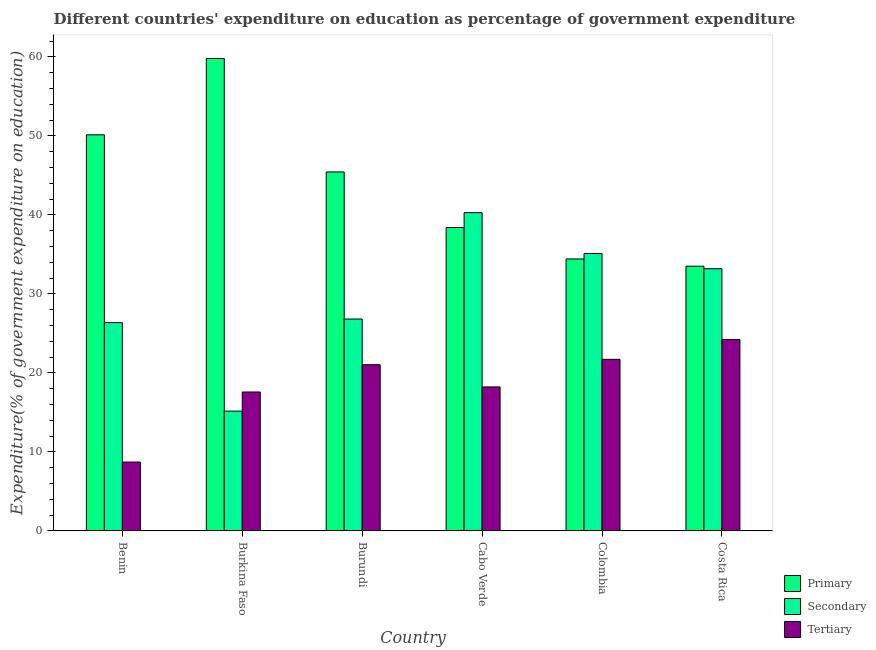
| Country | Primary | Secondary | Tertiary |
 | --- | --- | --- | --- |
 | Benin | 50.1 | 26.4 | 8.72 |
 | Burkina Faso | 59.8 | 15.2 | 17.6 |
 | Burundi | 45.4 | 26.8 | 21 |
 | Cabo Verde | 38.4 | 40.3 | 18.2 |
 | Colombia | 34.4 | 35.1 | 21.7 |
 | Costa Rica | 33.5 | 33.2 | 24.2 |